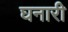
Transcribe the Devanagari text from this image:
घनारी